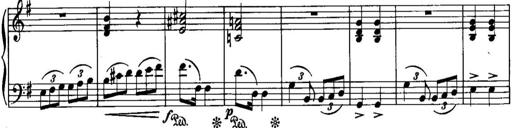
Title: Piano Sonatina No.1, Op.146
Composer: Stephen Heller